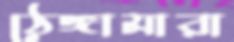
ঠেঙ্গামারা